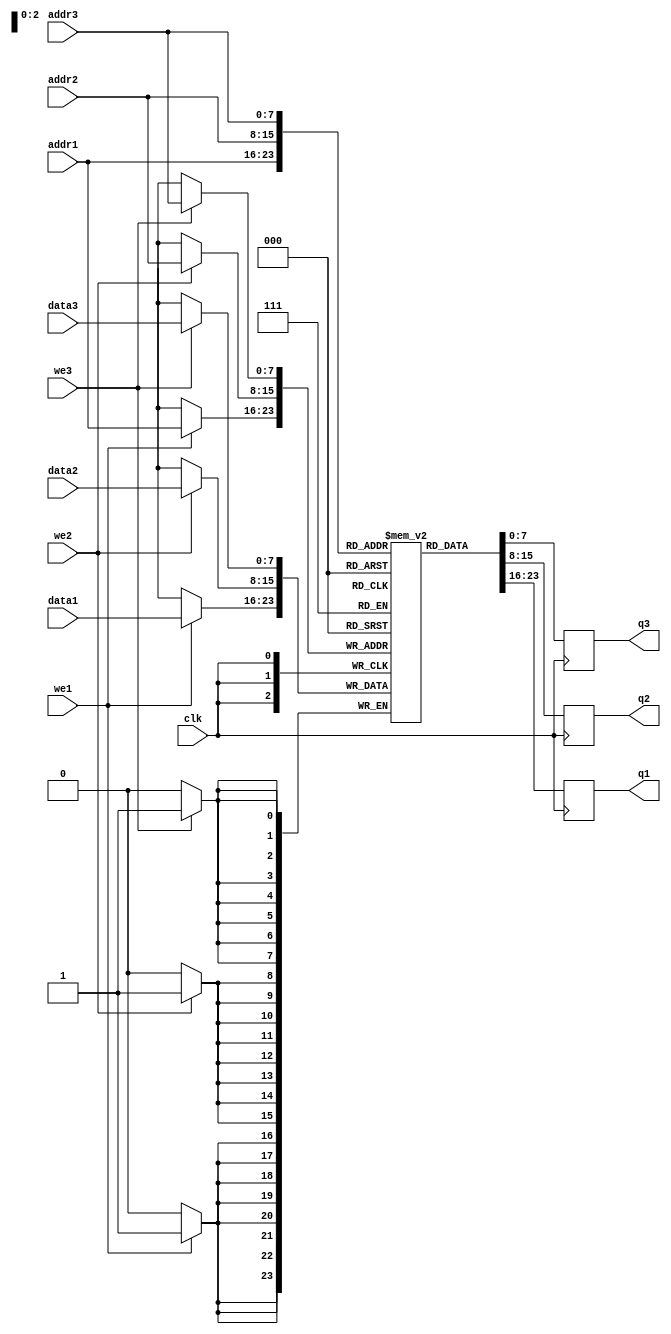
module TriplePortRegisterFile(
  input wire clk,
  input wire [7:0] addr1,
  input wire [7:0] data1,
  input wire we1,
  output reg [7:0] q1,
  input wire [7:0] addr2,
  input wire [7:0] data2,
  input wire we2,
  output reg [7:0] q2,
  input wire [7:0] addr3,
  input wire [7:0] data3,
  input wire we3,
  output reg [7:0] q3
);

reg [7:0] memory[0:255];

always @(posedge clk) begin
  if(we1) begin
    memory[addr1] <= data1;
  end
  q1 <= memory[addr1];
end

always @(posedge clk) begin
  if(we2) begin
    memory[addr2] <= data2;
  end
  q2 <= memory[addr2];
end

always @(posedge clk) begin
  if(we3) begin
    memory[addr3] <= data3;
  end
  q3 <= memory[addr3];
end

endmodule